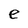
Character: e